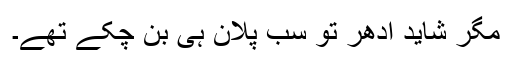
مگر شاید ادھر تو سب پلان ہی بن چکے تھے۔